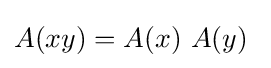
A(xy)=A(x)\ A(y)~